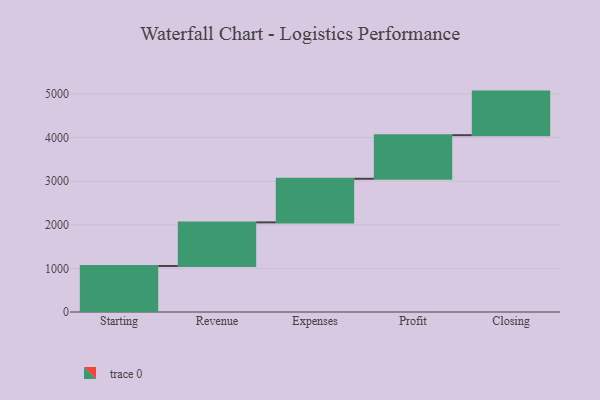
{"axis": {"x": "Step", "y": "Value"}, "legend": [""], "data": [{"x": "Starting", "y": 1056.0, "type": ""}, {"x": "Revenue", "y": 1000, "type": ""}, {"x": "Expenses", "y": 1000, "type": ""}, {"x": "Profit", "y": 1000, "type": ""}, {"x": "Closing", "y": 1000, "type": ""}]}